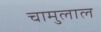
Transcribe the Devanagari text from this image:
चामुलाल